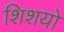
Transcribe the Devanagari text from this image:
शिशयो